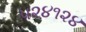
૫૨૪૧૨૪